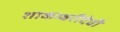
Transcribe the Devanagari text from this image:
शाकम्बरीदेवी